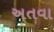
અતવા